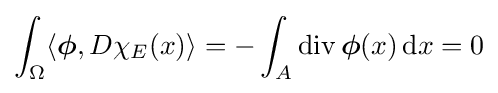
\int _{\Omega }\langle {\boldsymbol {\phi }},D\chi _{E}(x)\rangle =-\int _{A}\operatorname {div} {\boldsymbol {\phi }}(x)\,\mathrm {d} x=0